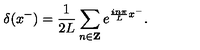
\delta ( x ^ { - } ) = \frac { 1 } { 2 L } \sum _ { n \in { \bf Z } } e ^ { \frac { i n \pi } { L } x ^ { - } } .